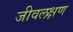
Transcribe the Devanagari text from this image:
जीवलक्षण